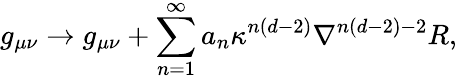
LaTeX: g_{\mu\nu}\rightarrow g_{\mu\nu}+\sum_{n=1}^{\infty}a_{n}\kappa^{n(d-2)}\nabla^{n(d-2)-2}R,